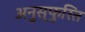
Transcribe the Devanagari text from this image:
अनुस्फुरित